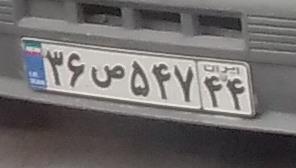
۳۶ص۵۴۷۴۴